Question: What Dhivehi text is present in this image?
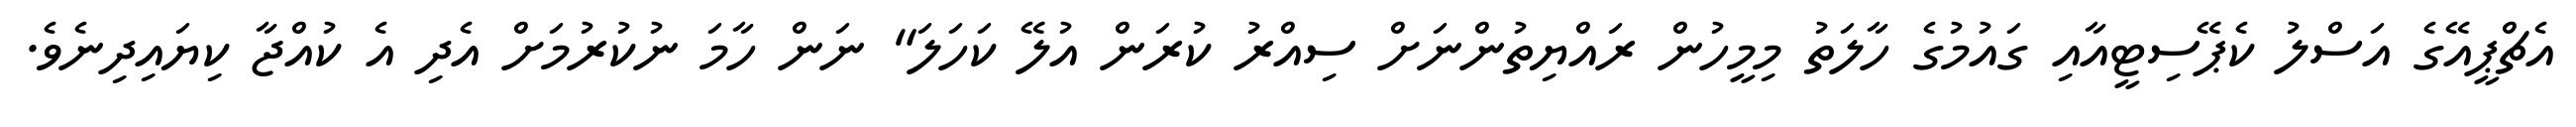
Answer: އެޗްޕީއޭގެ އަސްލު ކެޕޭސިޓީއާއި ގައުމުގެ ހާލަތު މިމީހުން ރައްޔިތުންނަށް ސިއްރު ކުރަން އުލޭ ކަހަލަ" ނަން ހާމަ ނުކުރުމަށް އެދި އެ ކުއްޖާ ކިޔައިދިނެވެ.